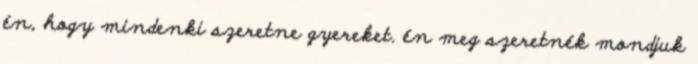
én, hogy mindenki szeretne gyereket. én meg szeretnék mondjuk